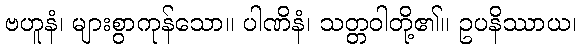
ဗဟူနံ၊ များစွာကုန်သော။ ပါဏိနံ၊ သတ္တဝါတို့၏။ ဥပနိဿာယ၊